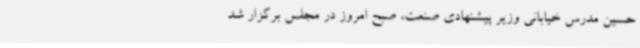
حسین مدرس خیابانی وزیر پیشنهادی صنعت، صبح امروز در مجلس برگزار شد